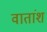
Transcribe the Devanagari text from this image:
वातांश